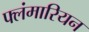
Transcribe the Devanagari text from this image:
फ्लंमारियन